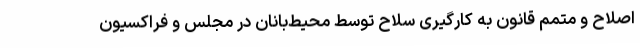
اصلاح و متمم قانون به کارگیری سلاح توسط محیط‌بانان در مجلس و فراکسیون